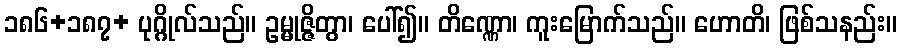
၁၈၆+၁၈၇+ ပုဂ္ဂိုလ်သည်။ ဥမ္မုဇ္ဇိတွာ၊ ပေါ်၍။ တိဏ္ဏော၊ ကူးမြောက်သည်။ ဟောတိ၊ ဖြစ်သနည်း။